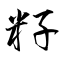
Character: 籽